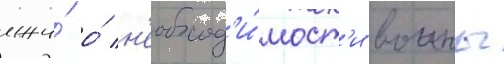
лжи́ о́ н'еобход'и́мост'и воины